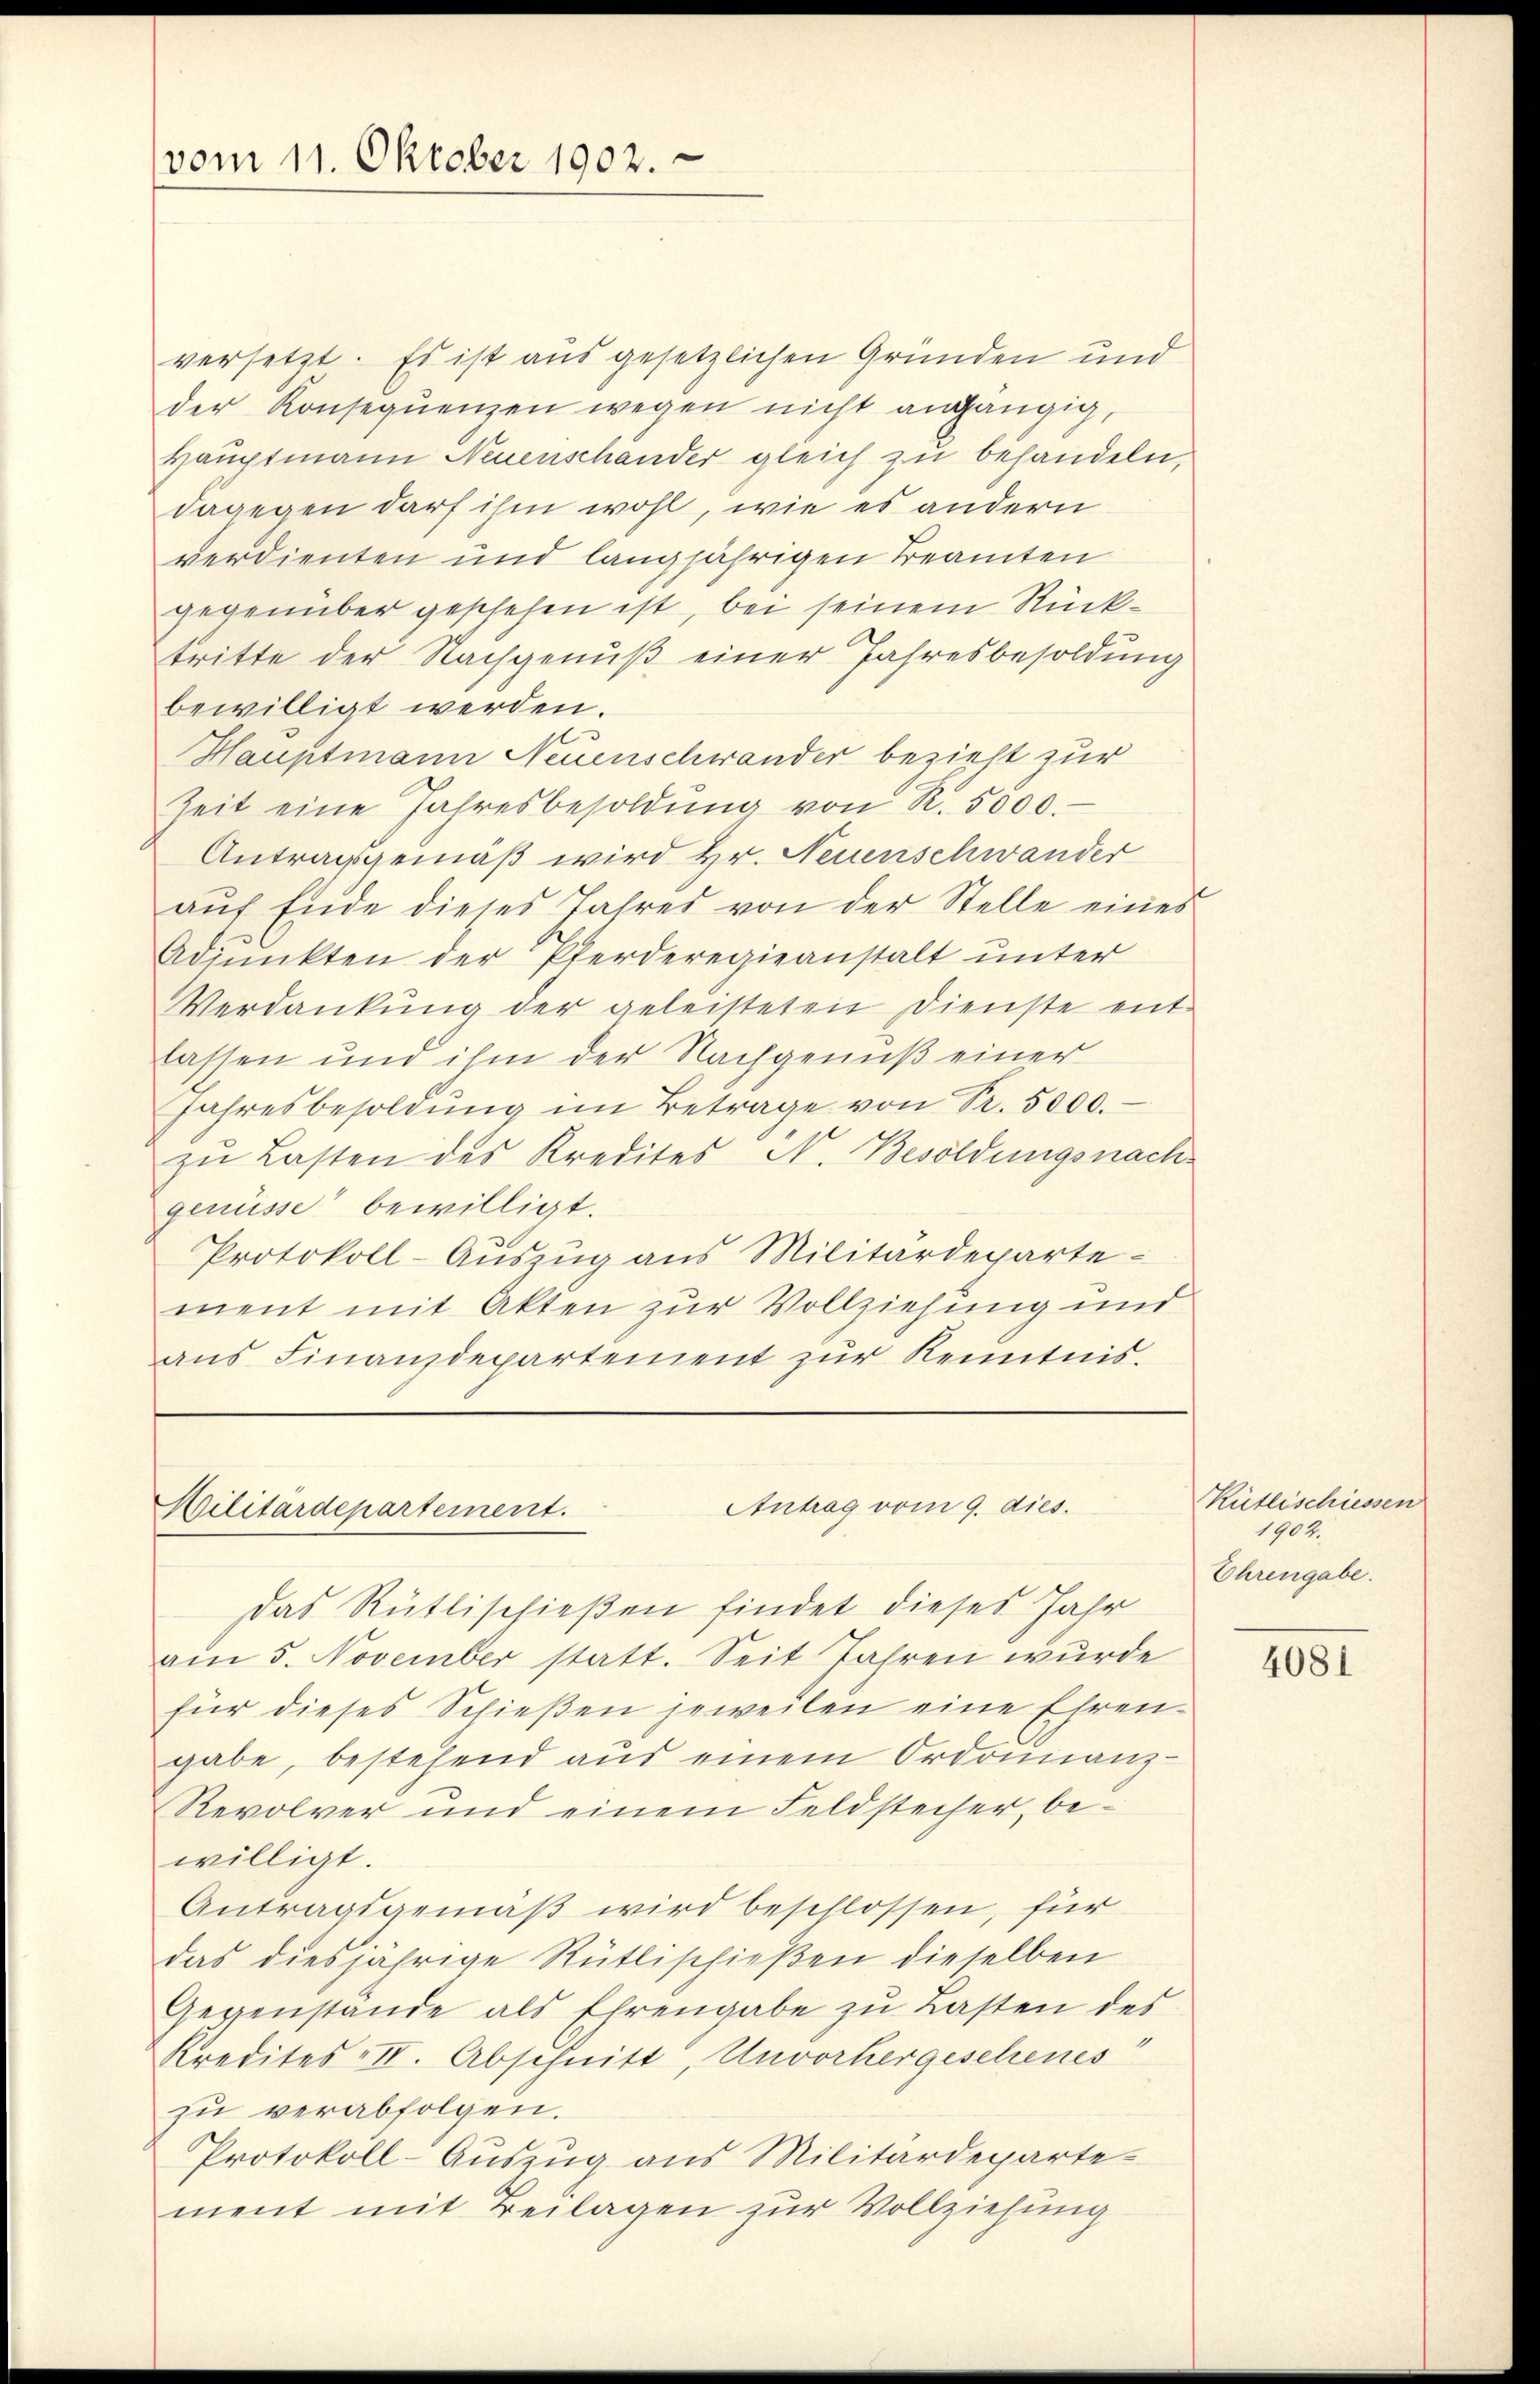
vom 11. Oktober 1902.

Antrag vom 9. dies.
Militärdepartement.

versetzt. Es ist aus gesetzlichen Gründen und
der Konseqŭenzen wegen nicht angängig,
Hauptmann Neuenschander gleich zu behandeln,
dagegen darf ihm wohl, wie es andern
verdienten und langjährigen Beamten
gegenüber geschehen ist, bei seinem Rücktritte der Nachgenuß einer Jahresbesoldung
bewilligt werden.
Hauptmann Neuenschwander bezieht zur
Zeit eine Jahresbesoldŭng von R. 5000.
Antragsgemäß wird Hr. Neuenschwander
aŭf Ende dieses Jahres von der Stelle eines
Adpŭnkten der Pferderegieanstalt unter
Verdankŭng der geleisteten Dienste ent-
lassen und ihm der Nachgenuß einer
Jahresbesoldŭng im Betrage von R. 5000.
zŭ Lasten des Kredites N. Besoldungsnach
genüsse bewilligt.
Protokoll-Auszug aus Militärdepartement mit Akten zur Vollziehung und
ans Finanzdepartement zŭr Kenntnis.

Das Rütlischießen findet dieses Jahr
am 5. November statt. Seit Jahren wurde
für dieses Schießen jeweilen eine Ehrengabe, bestehend aus einem Ordonnanz-
Revolver und einem Feldstecher, be-
willigt.
Antragsgemäß wird beschlossen, für
das diesjährige Rütlischießen dieselben
Gegenstände als Ehrengabe zu Lasten des
Kredites II. Abschnitt, Unvorhergeschenes
zu verabfolgen.
Protokoll-Auszug aus Militärdepartement mit Beilagen zur Vollziehung

Kütlischiessen
1904.
Ehrengabe.

4081